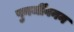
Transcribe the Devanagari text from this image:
पुनर्जीवनन